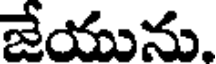
జేయును.